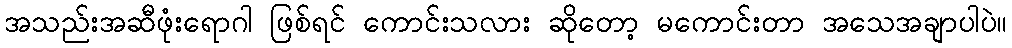
အသည်းအဆီဖုံးရောဂါ ဖြစ်ရင် ကောင်းသလား ဆိုတော့ မကောင်းတာ အသေအချာပါပဲ။